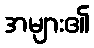
အများ၏